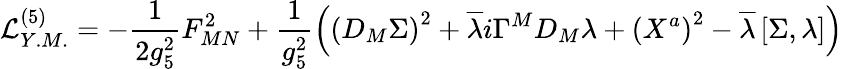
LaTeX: {\cal L}_{Y.M.}^{(5)}=-\frac{1}{2g_{5}^{2}}F_{MN}^{2}+\frac{1}{g_{5}^{2}}\left(\left(D_{M}\Sigma\right)^{2}+\overline{{{\lambda}}}i\Gamma^{M}D_{M}\lambda+\left(X^{a}\right)^{2}-\overline{{{\lambda}}}\left[\Sigma,\lambda\right]\right)